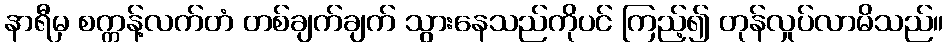
နာရီမှ စက္ကန့်လက်တံ တစ်ချက်ချက် သွားနေသည်ကိုပင် ကြည့်၍ တုန်လှုပ်လာမိသည်။